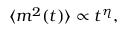
\begin{array} { r } { \langle m ^ { 2 } ( t ) \rangle \propto t ^ { \eta } , } \end{array}